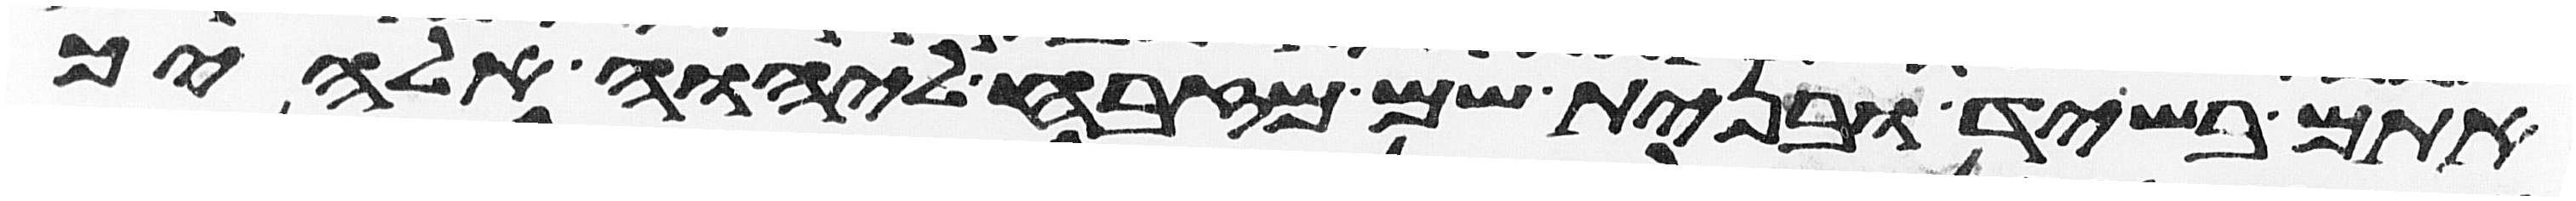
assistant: אתם בשיד ובנית שם מזבח ליהוה אלהיך